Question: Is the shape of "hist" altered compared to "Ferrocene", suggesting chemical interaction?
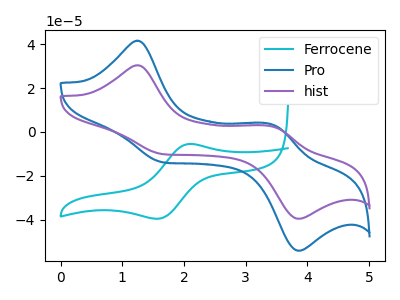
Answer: <think>The cyan curve "Ferrocene" has an anodic peak at (2.10V, -5.50uA) and a cathodic peak at (1.60V, -39.55uA). The blue curve "Pro" has anodic peaks at (1.25V, 41.50uA) (3.40V, 3.45uA) and cathodic peaks at (1.70V, -14.00uA) (3.85V, -54.10uA). The purple curve "hist" has anodic peaks at (1.25V, 30.35uA) (3.40V, 2.50uA) and cathodic peaks at (1.70V, -10.20uA) (3.85V, -39.55uA).
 "hist" and "Ferrocene" have a different number of peaks.</think>
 <answer>Yes, "hist" and "Ferrocene" are different in shape.</answer>
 <eval>yes_change</eval>